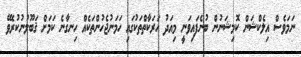
ނަމަވެސް އިލެކްޝަން ކޮމިޝަނުން ބުނެފައިވަނީ މިއަދު ހަރަކާތްތަކުގައި ހަމަނުޖެހުންތަކެއް ހިނގާނެ ކަމަށް ޤަބޫލުނުކުރެވޭ